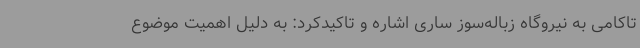
تاکامی به نیروگاه زباله‌سوز ساری اشاره و تاکیدکرد: به دلیل اهمیت موضوع